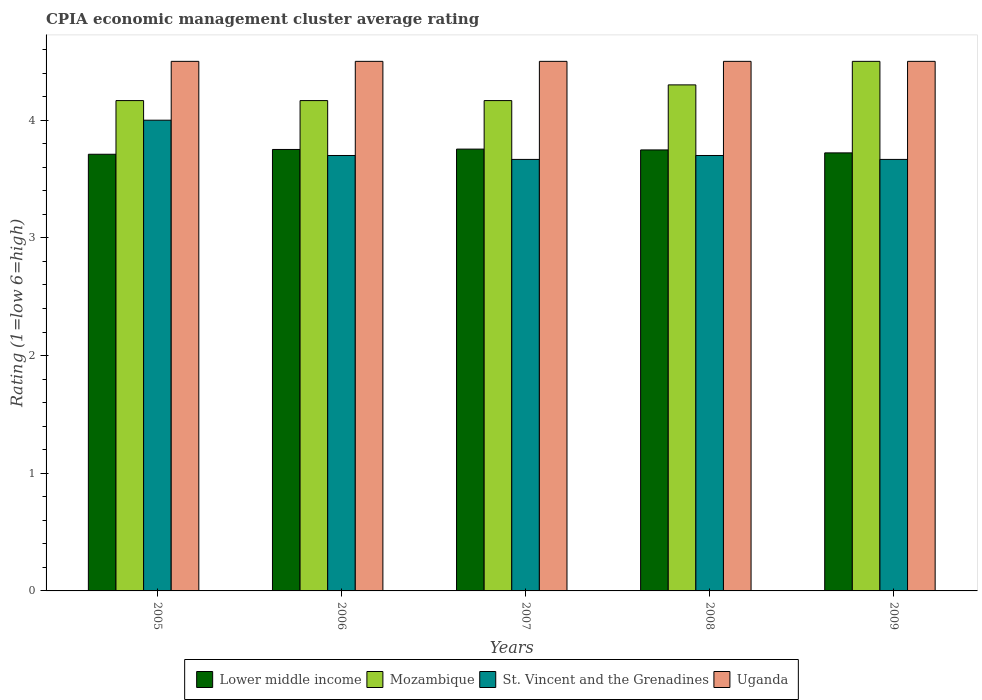
| Years | Lower middle income | Mozambique | St. Vincent and the Grenadines | Uganda |
 | --- | --- | --- | --- | --- |
 | 2005 | 3.71 | 4.17 | 4 | 4.5 |
 | 2006 | 3.75 | 4.17 | 3.7 | 4.5 |
 | 2007 | 3.75 | 4.17 | 3.67 | 4.5 |
 | 2008 | 3.75 | 4.3 | 3.7 | 4.5 |
 | 2009 | 3.72 | 4.5 | 3.67 | 4.5 |